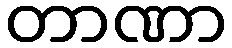
တာဏာ